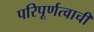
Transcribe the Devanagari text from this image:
परिपूर्णत्वाची